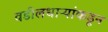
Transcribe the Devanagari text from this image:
वडीलधाऱ्यांकडून